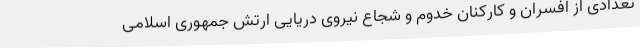
تعدادی از افسران و کارکنان خدوم و شجاع نیروی دریایی ارتش جمهوری اسلامی